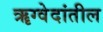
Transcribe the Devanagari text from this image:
ॠग्वेदांतील